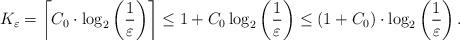
LaTeX: \begin{align*} K_\varepsilon = \left\lceil C_0 \cdot \log_2 \left(\frac{1}{\varepsilon}\right) \right\rceil \leq 1 + C_0 \log_2 \left(\frac{1}{\varepsilon}\right) \leq (1 + C_0) \cdot \log_2 \left(\frac{1}{\varepsilon}\right). \end{align*}